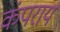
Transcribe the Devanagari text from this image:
कंपराय